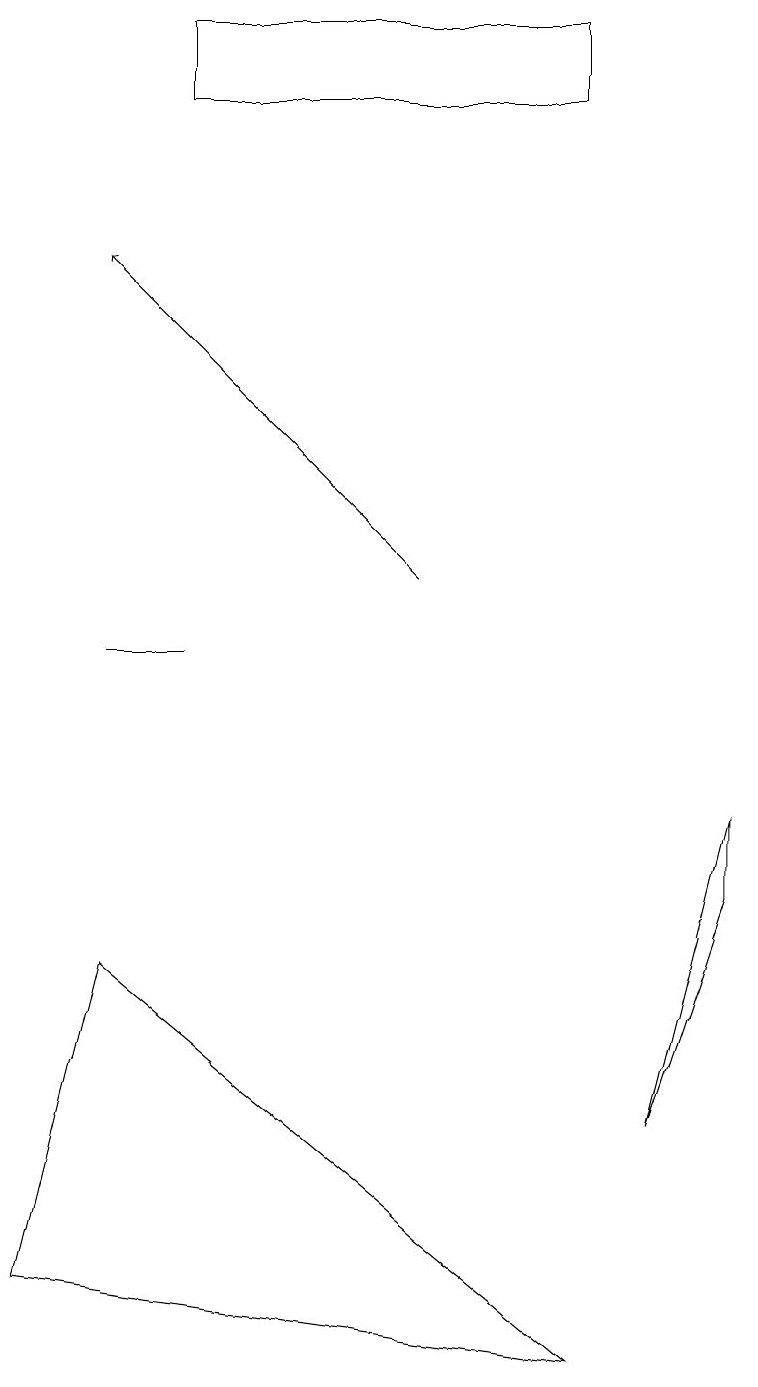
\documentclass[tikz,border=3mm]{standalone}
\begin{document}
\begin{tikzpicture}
\draw (1,7) -- (0,3) -- (7,2) -- cycle;
\draw[->] (5,12) -- (1,16);
\draw (2,19) rectangle (7,18);
\draw (2,11) rectangle (1,11);
\draw (9,8) -- (9,9) -- (8,5) -- cycle;
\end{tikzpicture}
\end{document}